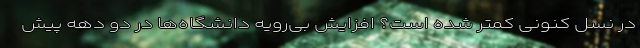
در نسل کنونی کمتر شده است؟ افزایش بی‌رویه دانشگاه‌ها در دو دهه پیش